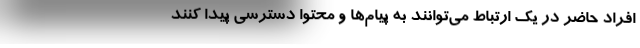
افراد حاضر در یک ارتباط می‌توانند به پیام‌ها و محتوا دسترسی پیدا کنند